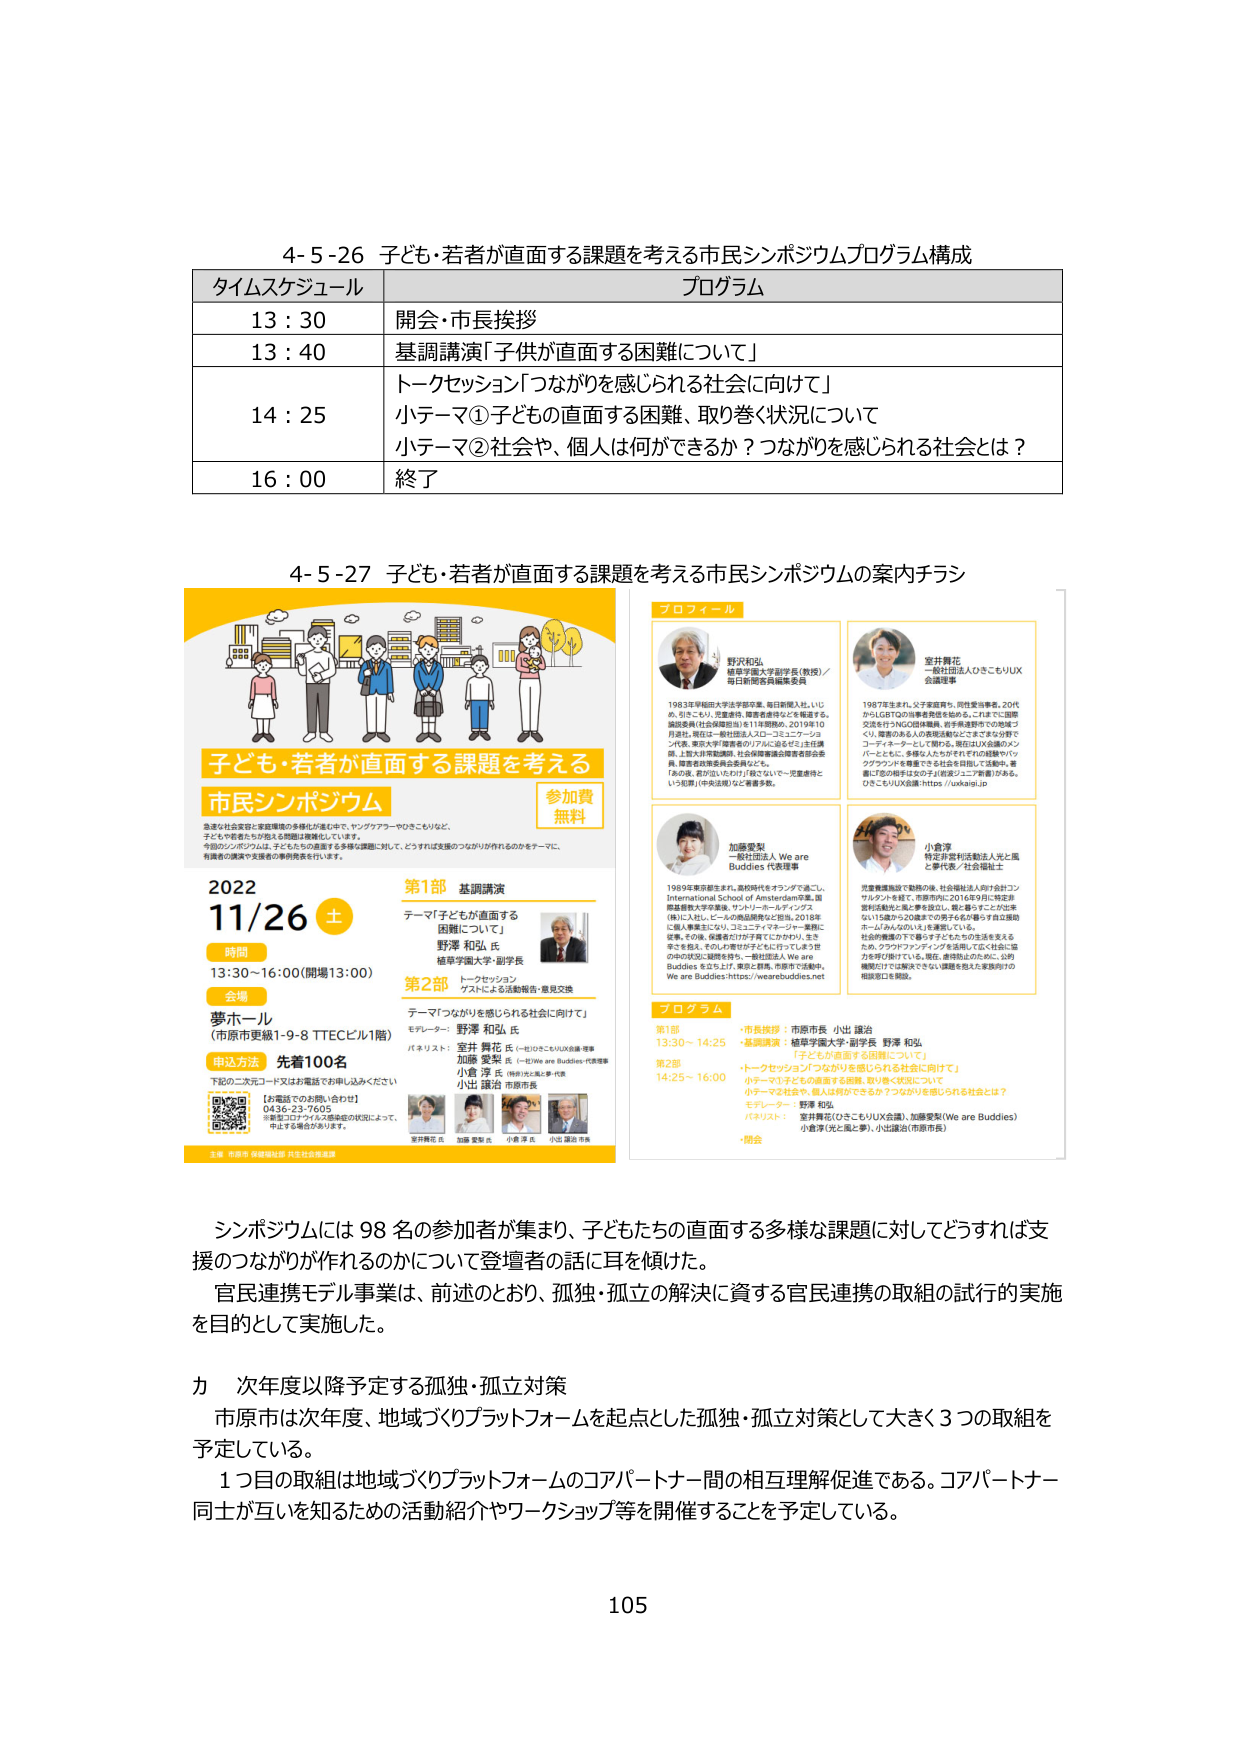
4-5-26 子ども・若者が直面する課題を考える市民シンポジウムプログラム構成

タイムスケジュール プログラム
13:30 開会・市長挨拶
13:40 基調講演「子供が直面する困難について」
14:25 トークセッション「つながりを感じられる社会に向けて」
小テーマ①子どもの直面する困難、取り巻く状況について
小テーマ②社会や、個人は何ができるか？つながりを感じられる社会とは？
16:00 終了

4-5-27 子ども・若者が直面する課題を考える市民シンポジウムの案内チラシ

子ども・若者が直面する課題を考える
市民シンポジウム
参加費 無料

急速な社会変容と家庭環境の多様化が進む中で、ヤングアワー・ヤロきこもりなど、
子どもや若者たちが抱える問題は複雑化しています。
今回のシンポジウムは、子どもたちの直面する多様な課題に対して、どうすれば支援のつながりが作れるのかをテーマに、
有識者の講演や支援者の事例発表を行います。

2022 11/26 土
時間 13:30～16:00（開場13:00）
会場 夢ホール
（市原市更級1-9-8 TTECビル1階）
申込方法 先着100名
下記の二次元コード又は電話でお申し込みください
【お電話でのお問い合わせ】
0436-23-7605
※新型コロナウイルス感染症の状況によって、
中止する場合があります。

第1部 基調講演
テーマ「子どもが直面する困難について」
野澤 和弘 様
植草学園大学・副学長

第2部 トークセッション
テーマ「つながりを感じられる社会に向けて」
モデレーター：野澤 和弘 様
パネリスト：
室井 舞花 様（一般社団法人OきこもりUX会議 理事）
加藤 愛梨 様（一般社団法人 We are Buddies 代表理事）
小倉 淳 様（特定非営利活動法人光と風 代表）
小出 譲治 様（市原市長）

プロフィール
野澤和弘
植草学園大学副学長（教授）／
毎日新聞社員編集委員
1963年早稲田大学法学部卒業。毎日新聞入社。いじめ、きこもり、児童虐待、障害者虐待などを報道する。編集委員（社会問題担当）を11年間務め、2019年10月退社。現在は一般社団法人OきこもりUX会議のメンバー、東京大学「障害者のリアルに迫るゼミ」主任講師、上智大非常勤講師、社会保険審議会障害者部会委員、障害者政策委員会委員などを。
「あの娘、君がひいじょうだ」という言葉を聞くと、いじめ（中身のない）なき書き手。

室井舞花
一般社団法人OきこもりUX会議理事
1997年生まれ。父子家庭育ち。同性愛当事者。20代からLGBTQ+当事者支援を始める。これまでに国際交流を行うNGO団体職員、若手後進育ての地域づくり、障害のある人の支援活動などをまちなかで行うコーディネーターとして関わる。現在はUX会議のメンバーとともに、多様な人たちがそれぞれの経験やバックグラウンドを尊重できる社会を目指して活動中。著書に『恋の相手は女の子』『前沢のユニバーサルデザイン』など。OきこもりUX会議：https://uxkai.jp

加藤愛梨
一般社団法人 We are Buddies 代表理事
1989年東京都市生まれ。高校時代をオランダで過ごし、International School of Amsterdam卒業。国際基督教大学卒業後、ヤン・リーボー・ディンクス（株）に入社。ヒールの商品開発など担当。2018年に個人事業主になり、コミュニケーション・障がい者支援、その他、保護者だけが子育てにうかがい、生きるを教える。そのうえ、わすれがたさにどうしていこうと自分の状況に疑問を持ち、一般社団法人 We are Buddies を立ち上げ、東京と群馬、市原で活動中。We are Buddies:https://wearebuddies.net

小倉淳
特定非営利活動法人光と風 代表／社会福祉士
児童養護施設で勤務の後、社会福祉法人向けコンサルタントを経て、市原市内に2016年9月に特定非営利活動法人光と風を設立し、現在まで子どもと家族の115歳から20歳までの男子6名を暮らす自立援助ホーム「みんがのいえ」を運営している。
社会的養護の下で暮らす子どもたちの生活を支えるため、クラウドファンディングを活用して広く社会に協力を呼び掛けている。現在、虐待防止のために、公的機関だけでは解決できない課題を抱えた家族向けの相談窓口を開設。

プログラム
第1部 13:30～14:25
・市長挨拶：市原市長 小出 譲治
・基調講演：植草学園大学・副学長 野澤 和弘
「子どもが直面する困難について」

第2部 14:25～16:00
・トークセッション「つながりを感じられる社会に向けて」
小テーマ①子どもが直面する困難、取り巻く状況について
小テーマ②社会や、個人は何ができるか？つながりを感じられる社会とは？
モデレーター：野澤 和弘
パネリスト：室井舞花（OきこもりUX会議）、加藤愛梨（We are Buddies）、小倉淳（光と風と夢）、小出譲治（市原市長）
・閉会

シンポジウムには98名の参加者が集まり、子どもたちの直面する多様な課題に対してどうすれば支援のつながりが作れるのかについて登壇者の話に耳を傾けた。
官民連携モデル事業は、前述のとおり、孤独・孤立の解決に資する官民連携の取組の試行的実施を目的として実施した。

カ 次年度以降予定する孤独・孤立対策
市原市は次年度、地域づくりプラットフォームを起点とした孤独・孤立対策として大きく3つの取組を予定している。
1つ目の取組は地域づくりプラットフォームのコアパートナー間の相互理解促進である。コアパートナー同士が互いを知るための活動紹介やワークショップ等を開催することを予定している。

105